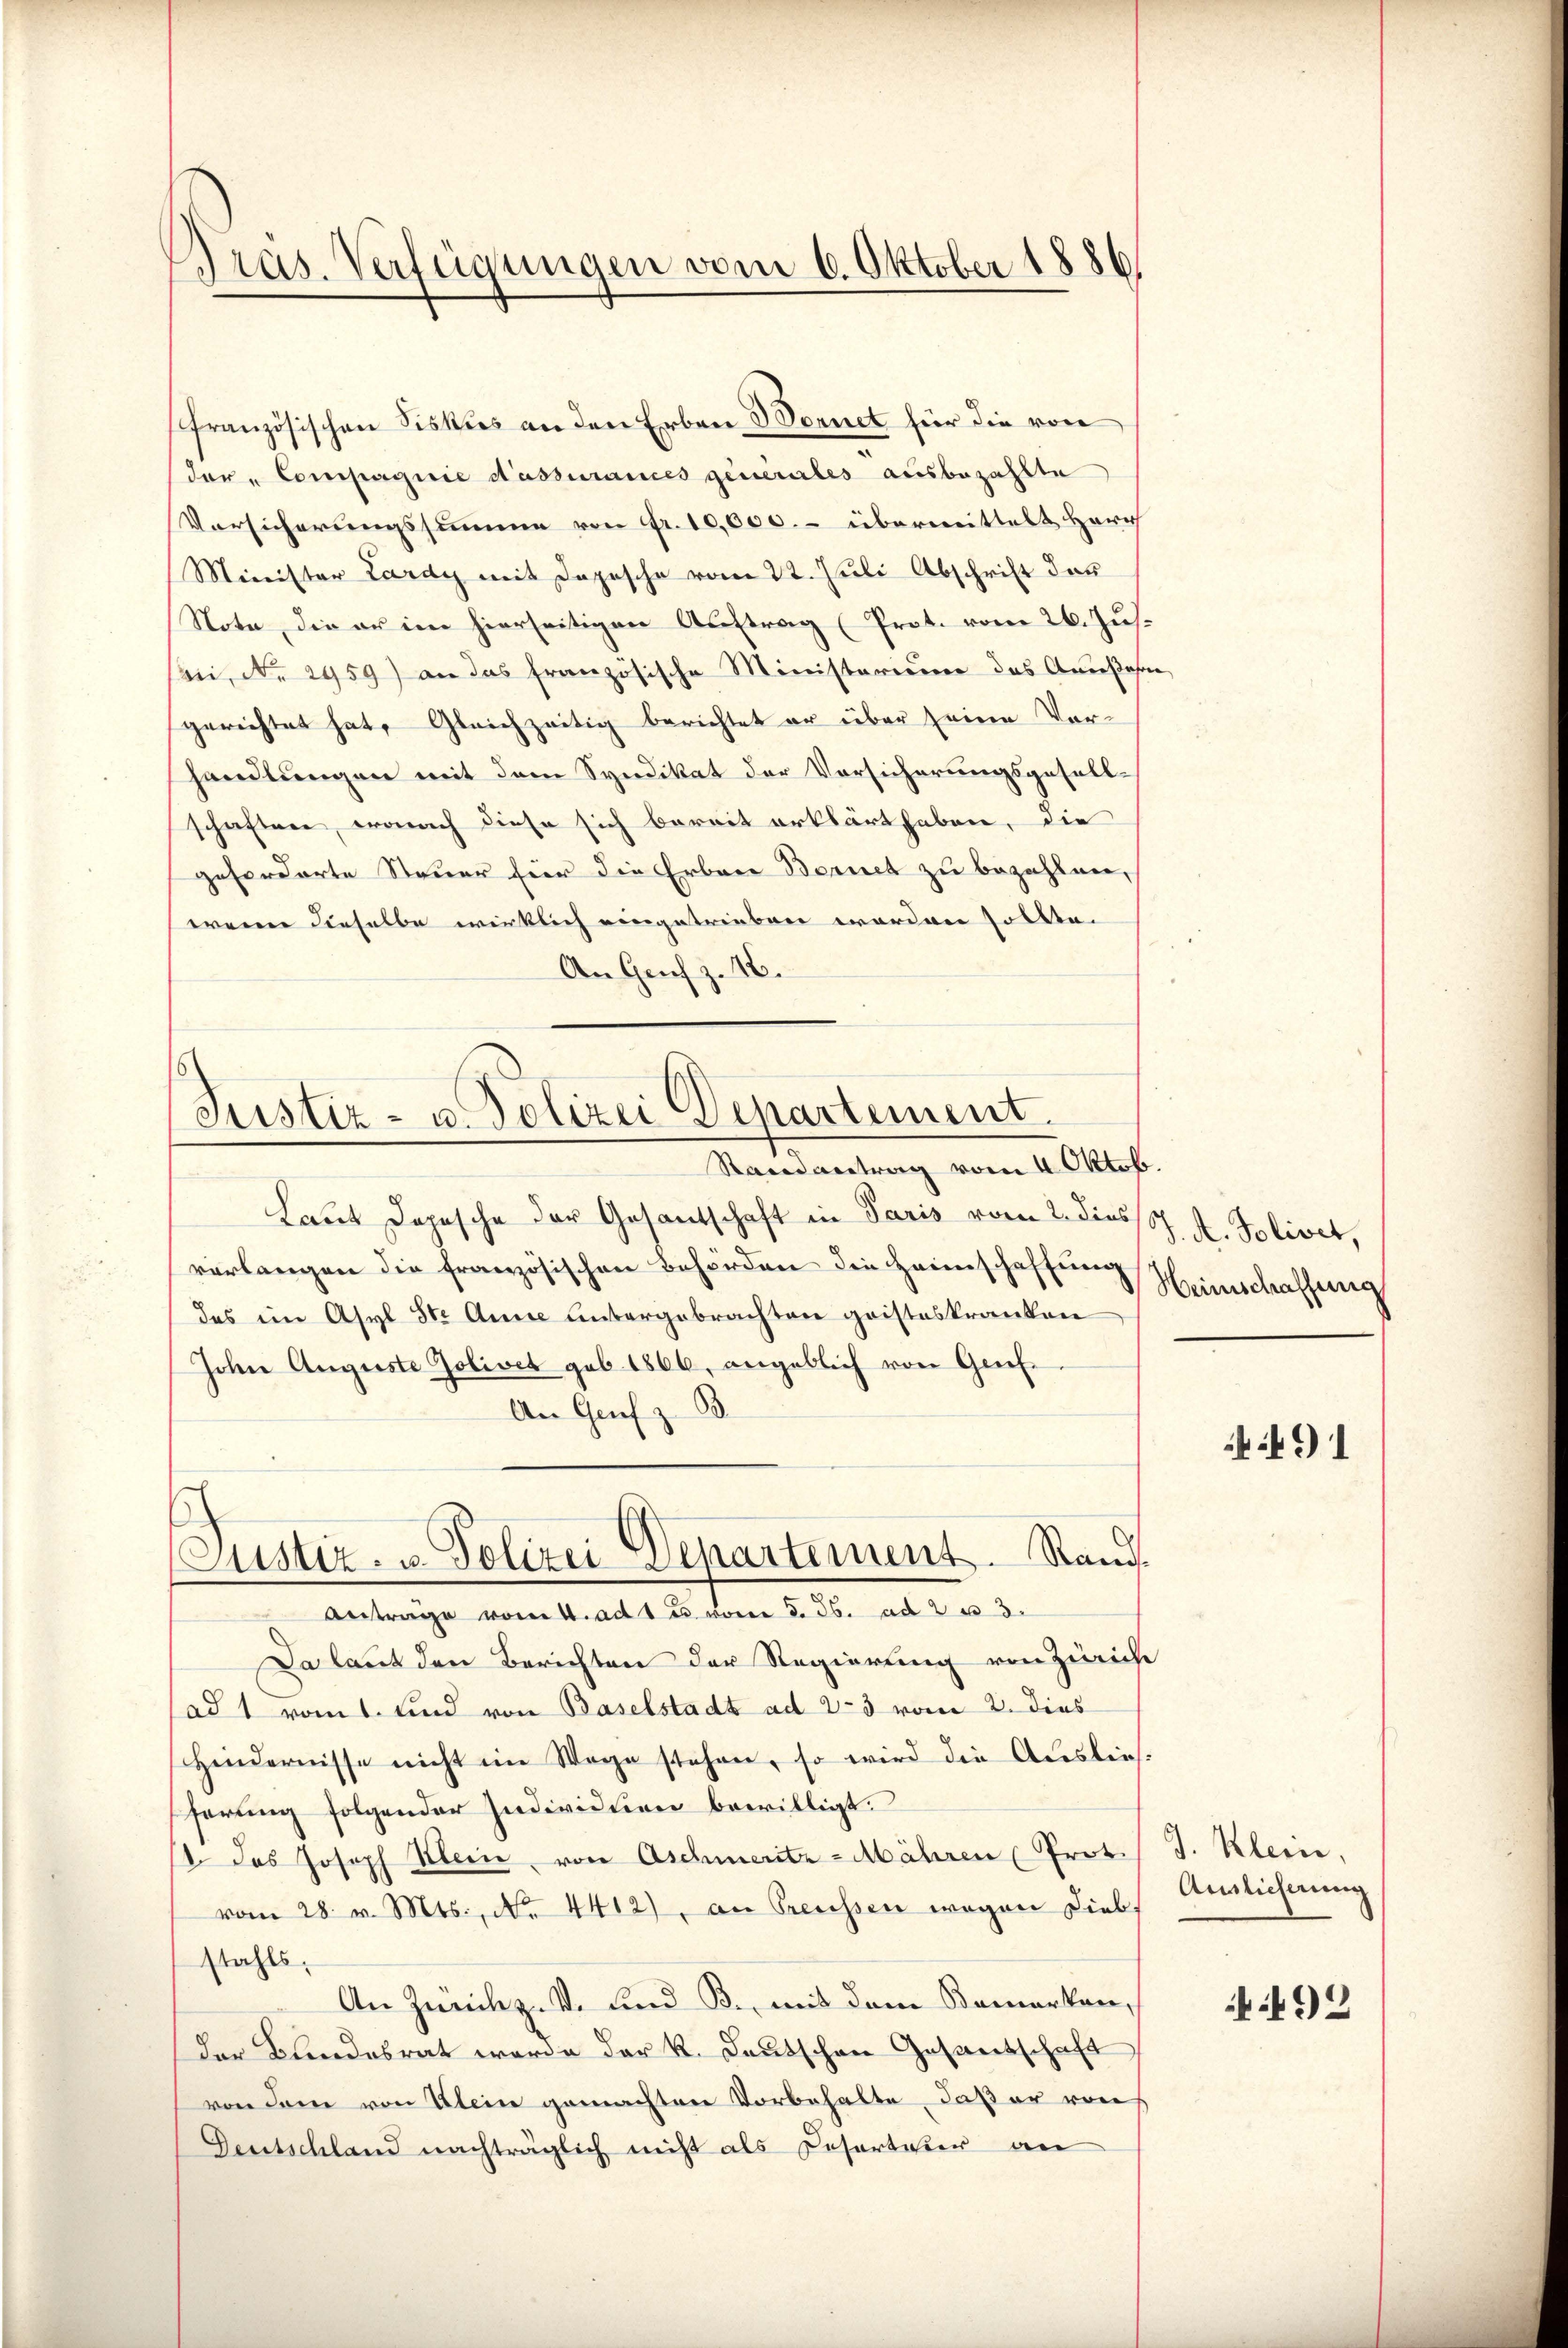
Pras. Verfügungen vom 6. Oktober 1886

französischen Fiskus an den Erben Bernet für die von
der Compagnie dassurances generales ausbezahlte
Versicherungssumme von Fr. 10,000. - übermittelt Herz
Minister Lardy mit Depesche vom 22. Juli Abschrift das
Note, die er im hierseitigen Auftrag (Prot. vom 26. Jus.
bi, No 2959) an das französische Ministerium des Ansehen
gerichtet hat, Gleichzeitig berichtet er über seine Vorhandlungen mit dem Syndikat der Vorsicherungsgesellschaften, wonach diese sich bereit erklärt haben, die
geforderte Steuer für die Erben Bernet zu bezahlen,
wenn dieselbe wirklich eingetrieben worden sollte.
An Genf z. 16.

Justiz- u. Polizei Departement.

Custiz- u. Polizei Departement. Rauch

Randantrag vom 4. Oktob.
Laut Depesche der Gesantschaft in Paris vom 2. diess 4. Solivet,
verlangen die französischen Behörden die Heimschaffung
das ein Asyl St. Anne untergebrachten geisteskranken
Johne Auguste Golivet geb. 1866, angeblich von Genf
An Genf z B
Antrage vom 4. ad 1 u. von d. Js. ad 2 u 3.
Da laut den Berichten der Regierung von Zürich
(ad 1 rommt und von Baselstadt ad 2-3 vom 2. dies
Hindernisse nicht im Wege stehen, so wird die Auslief-
serung folgender Individuen bewilligt.
1. das Joseph Klein, von Aschmeritz-Mähren Prot. I. Klein,
vom 28. v. Mts., No. 4412), an Preussen wegen Lieb.
stahls,
An Zürich z. v. und B., mit dem Bemerken,
der Blindesrat werde der k. Deutschen Gesandschaft
von dem von Klein gemachten Vorbehalte, daß er von
Gentschland nachträglich nicht als Resorteier an

Heimschaffung

491

Auslieferung

492